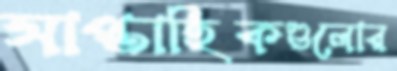
সাপ্তাহিকগুলোর